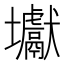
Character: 𡔎